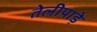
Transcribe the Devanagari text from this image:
तेलीपाड़े